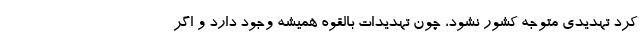
کرد تهدیدی متوجه کشور نشود، چون تهدیدات بالقوه همیشه وجود دارد و اگر